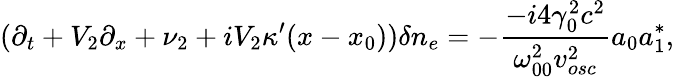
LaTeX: (\partial_{t}+V_{2}\partial_{x}+\nu_{2}+iV_{2}\kappa^{\prime}(x-x_{0}))\delta n_{e}=-\frac{-i4\gamma_{0}^{2}c^{2}}{\omega_{00}^{2}v_{osc}^{2}}a_{0}a_{1}^{\ast},